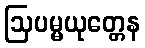
ဩပမ္မယုတ္တေန